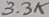
Text: 3.3K